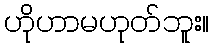
ဟိုဟာမဟုတ်ဘူး။